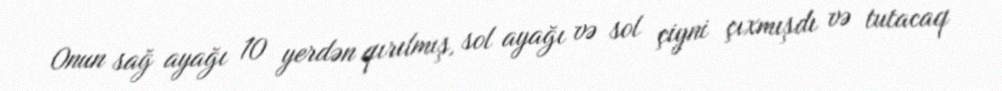
Onun sağ ayağı 10 yerdən qırılmış, sol ayağı və sol çiyni çıxmışdı və tutacaq